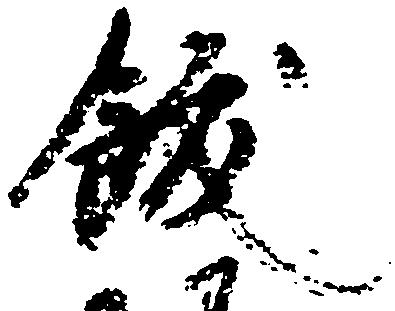
飫